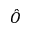
\hat { O }